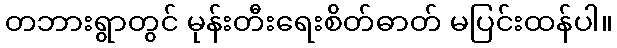
တဘားရွာတွင် မုန်းတီးရေးစိတ်ဓာတ် မပြင်းထန်ပါ။